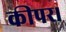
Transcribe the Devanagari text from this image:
कीपर।